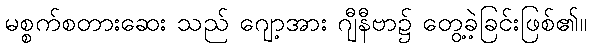
မစ္စက်စတားဆေး သည် ဂျော့အား ဂျီနီဗာ၌ တွေ့ခဲ့ခြင်းဖြစ်၏။